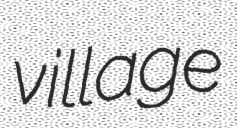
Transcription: village